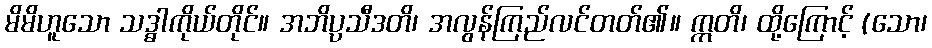
မိမိဟူသော သဒ္ဓါကိုယ်တိုင်။ အဘိပ္ပသီဒတိ၊ အလွန်ကြည်လင်တတ်၏။ ဣတိ၊ ထို့ကြောင့် (သော၊